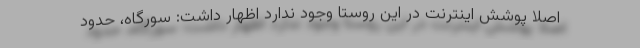
اصلا پوشش اینترنت در این روستا وجود ندارد اظهار داشت: سورگاه، حدود